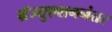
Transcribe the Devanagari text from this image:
ग्रॅज्युएशननंतर